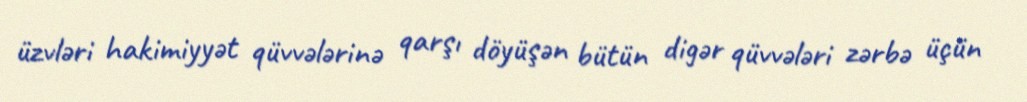
üzvləri hakimiyyət qüvvələrinə qarşı döyüşən bütün digər qüvvələri zərbə üçün